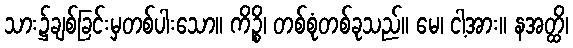
သား၌ချစ်ခြင်းမှတစ်ပါးသော။ ကိဉ္စိ၊ တစ်စုံတစ်ခုသည်။ မေ၊ ငါ့အား။ နအတ္ထိ၊